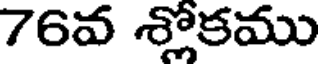
76వ శ్లోకము